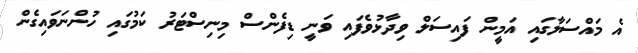
އެ މައްސަލާގައި އަމީން ފައިސަލް ވިދާޅުވެފައި ވަނީ ޑިފެންސް މިނިސްޓަރު ކަމުގައި ހުންނަވައިގެން